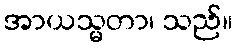
အာယသ္မတာ၊ သည်။